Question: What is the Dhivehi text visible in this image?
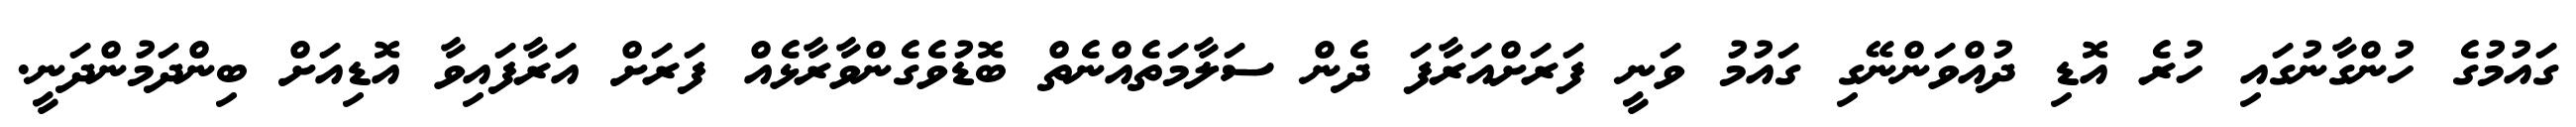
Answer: ގައުމުގެ ހުންގާނުގައި ހުރެ އޮޑި ދުއްވަންނޭގި ގައުމު ވަނީ ފަރަށްއަރާފަ ދެން ސަލާމަތެއްނެތް ބޮޑުވެގެންވާރާޅެއް ފަރަށް އަރާފައިވާ އޮޑިއަށް ބިންދަމުންދަނީ.